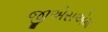
જીએસએમ